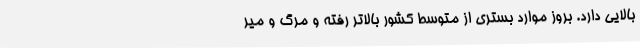
بالایی دارد. بروز موارد بستری از متوسط کشور بالاتر رفته و مرگ و میر